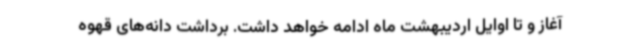
آغاز و تا اوایل اردیبهشت ماه ادامه خواهد داشت. برداشت دانه‌های قهوه